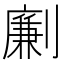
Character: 劆